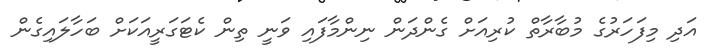
އަދި މިފަހަރުގެ މުބާރާތް ކުރިއަށް ގެންދަން ނިންމާފައި ވަނީ ތިން ކެޓަގަރީއަކަށް ބަހާލައިގެން